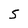
Character: 5